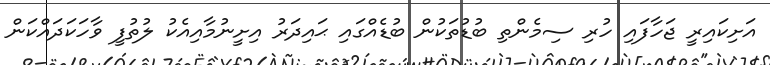
އަށިކައިރީ ޖަހާފައި ހުރި ސިމެންތި ބުޑުތަކުން ބުޑެއްގައި ޙައިދަރު އިށީނުމާއިއެކު ލުތުފީ ވާހަކަދައްކަން